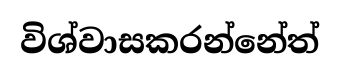
විශ්වාසකරන්නේත්